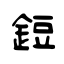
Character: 鋀